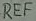
Text: REF